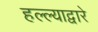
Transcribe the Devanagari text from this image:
हल्ल्याद्वारे